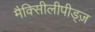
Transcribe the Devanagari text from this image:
मैक्सीिलीपीड्ज़